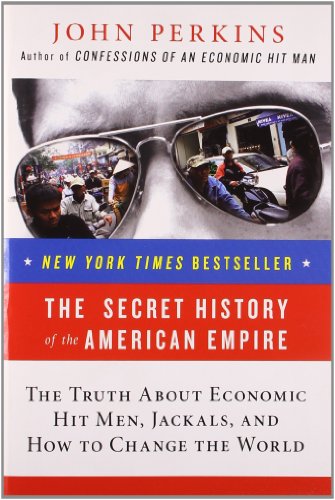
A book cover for The Secret History of the American Empire: The Truth About Economic Hit Men, Jackals, and How to Change the World; John Perkins; Business & Money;